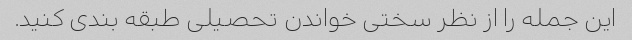
این جمله را از نظر سختی خواندن تحصیلی طبقه بندی کنید.